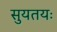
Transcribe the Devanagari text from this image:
सुयतयः